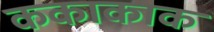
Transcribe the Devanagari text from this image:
ककाकाक